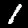
Label: 1